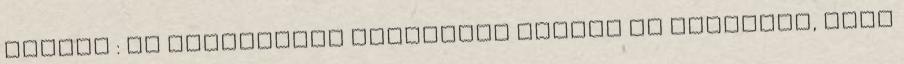
hagyja : Az átnevezési procedúra lapján is szerepel, hogy